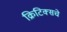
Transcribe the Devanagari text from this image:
क्रिटिक्सचे